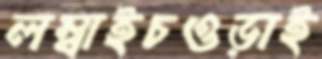
লম্বাইচওড়াই